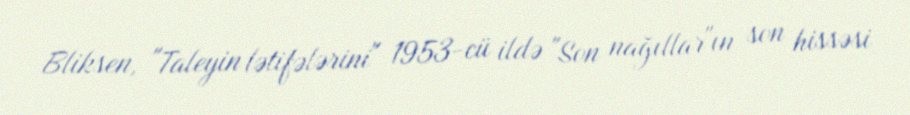
Bliksen, "Taleyin lətifələrini" 1953-cü ildə "Son nağıllar"ın son hissəsi